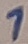
Text: 1